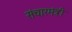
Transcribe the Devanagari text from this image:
संचारमंत्री